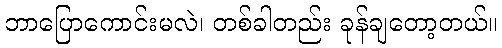
ဘာပြောကောင်းမလဲ၊ တစ်ခါတည်း ခုန်ချတော့တယ်။